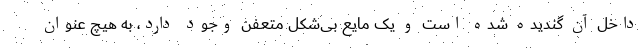
داخل آن گندیده شده است و یک مایع بی‌شکل متعفن وجود دارد، به هیچ عنوان